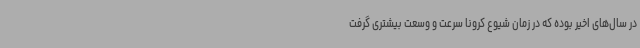
در سال‌های اخیر بوده که در زمان شیوع کرونا سرعت و وسعت بیشتری گرفت